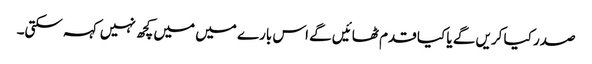
صدر کیا کریں گے یا کیا قدم ٹھائیں گے اس بارے میں میں کچھ نہیں کہہ سکتی۔